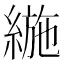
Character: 𦂛